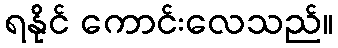
ရနိုင် ကောင်းလေသည်။